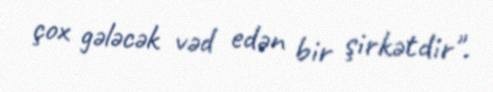
çox gələcək vəd edən bir şirkətdir".